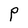
Character: P